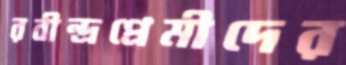
রবীন্দ্রপ্রেমীদের